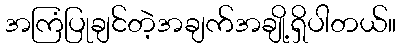
အကြံပြုချင်တဲ့အချက်အချို့ရှိပါတယ်။